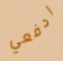
ادفعي